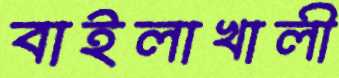
বাইলাখালী